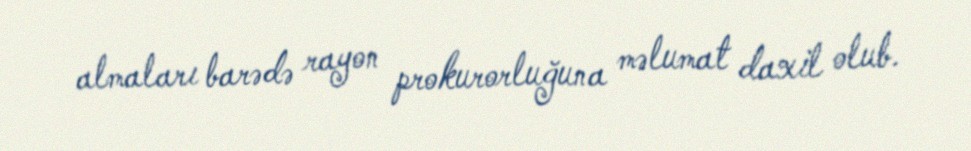
almaları barədə rayon prokurorluğuna məlumat daxil olub.